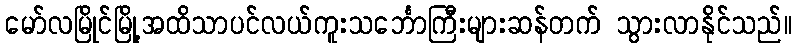
မော်လမြိုင်မြို့အထိသာပင်လယ်ကူးသင်္ဘောကြီးများဆန်တက် သွားလာနိုင်သည်။